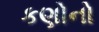
કણોનો